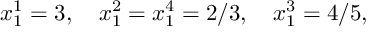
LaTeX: x _ { 1 } ^ { 1 } = 3 , \quad x _ { 1 } ^ { 2 } = x _ { 1 } ^ { 4 } = 2 / 3 , \quad x _ { 1 } ^ { 3 } = 4 / 5 ,